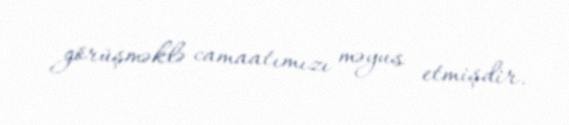
görüşməklə camaatımızı məyus etmişdir.